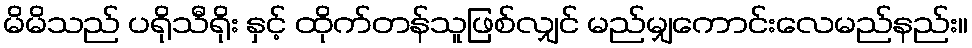
မိမိသည် ပရိုသီရိုး နှင့် ထိုက်တန်သူဖြစ်လျှင် မည်မျှကောင်းလေမည်နည်း။